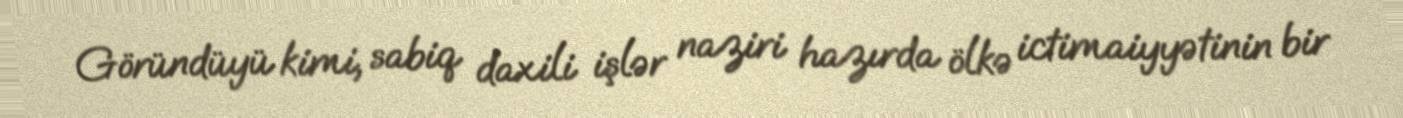
Göründüyü kimi, sabiq daxili işlər naziri hazırda ölkə ictimaiyyətinin bir